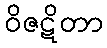
ဝိဇဋိတာ